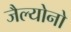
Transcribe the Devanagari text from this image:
जैल्योनो